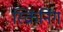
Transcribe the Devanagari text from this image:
स्क्रिंनिंग